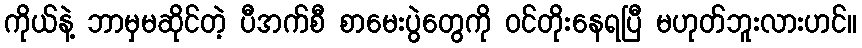
ကိုယ်နဲ့ ဘာမှမဆိုင်တဲ့ ပီအက်စီ စာမေးပွဲတွေကို ဝင်တိုးနေရပြီ မဟုတ်ဘူးလားဟင်။